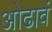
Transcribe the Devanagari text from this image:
ओढावं